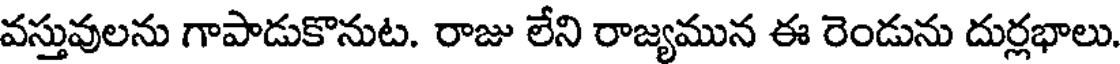
వస్తువులను గాపాడుకొనుట. రాజు లేని రాజ్యమున ఈ రెండును దుర్లభాలు.